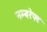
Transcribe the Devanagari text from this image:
नम्बरेफ्ट